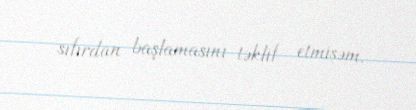
sıfırdan başlamasını təklif etmişəm.